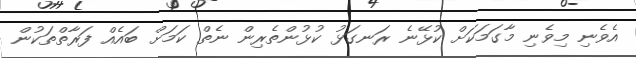
އެވެނި މިވެނި މާގަމަކަށް ކުޅޭނެ ރަނގަޅު ކުޅުންތެރިން ނެތް ކަމަށް ބައެއް ފަރާތްތަކުން